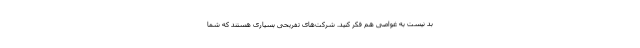
بد نیست به غواصی هم فکر کنید. شرکت‌های تفریحی بسیاری هستند که شما